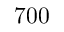
7 0 0